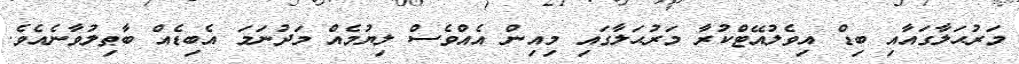
މަރުޙަލާގައާއި ބިޑް އިވެލުއޭޓްކުރާ މަރުޙަލާގައި މިއިން އެއްވެސް ލިޔުމެއް މަދުނަމަ އެބިޑެއް ބާޠިލުވާނެއެވެ.